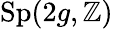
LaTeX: \operatorname{Sp}(2g,\mathbb{Z})